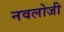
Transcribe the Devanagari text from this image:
नवलोजी